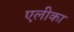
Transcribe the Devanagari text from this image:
एलीका